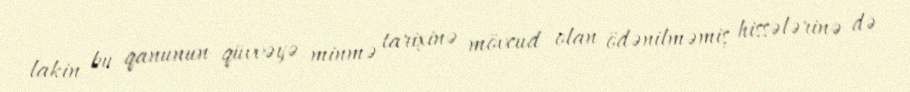
lakin bu qanunun qüvvəyə minmə tarixinə mövcud olan ödənilməmiş hissələrinə də